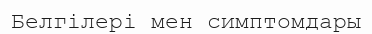
Белгілері мен симптомдары